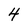
Character: 4